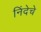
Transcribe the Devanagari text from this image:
निंदेचे